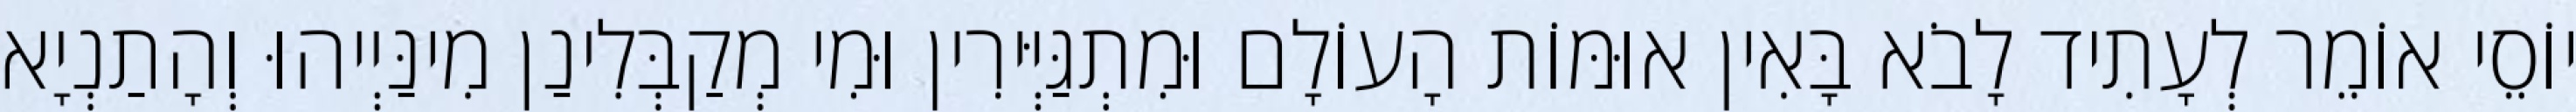
יוֹסֵי אוֹמֵר לְעָתִיד לָבֹא בָּאִין אוּמּוֹת הָעוֹלָם וּמִתְגַּיְּירִין וּמִי מְקַבְּלִינַן מִינַּיְיהוּ וְהָתַנְיָא